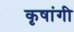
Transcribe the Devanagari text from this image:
कृषांगी